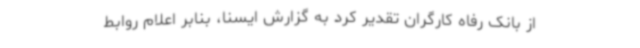
از بانک رفاه کارگران تقدیر کرد به گزارش ایسنا، بنابر اعلام روابط